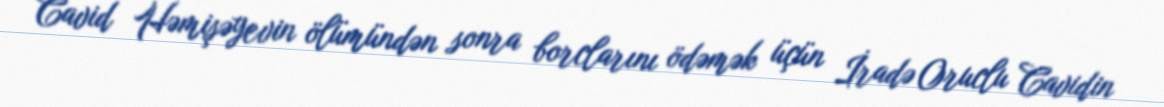
Cavid Həmişəyevin ölümündən sonra borclarını ödəmək üçün İradə Oruclu Cavidin